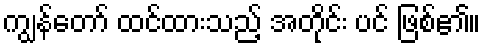
ကျွန်တော် ထင်ထားသည့် အတိုင်း ပင် ဖြစ်၏။